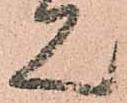
見